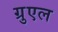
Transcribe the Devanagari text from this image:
ग्रुएल